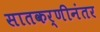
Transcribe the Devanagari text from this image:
सातकर्णीनंतर